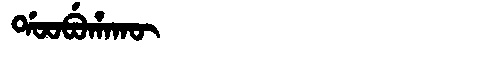
Manchu: ᡩᠣᠣᠪᡠᡥᠠᡴᡡ
Romanization: DOOBUHAKŪ